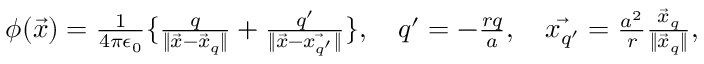
\begin{array} { r } { \phi ( \vec { x } ) = \frac { 1 } { 4 \pi \epsilon _ { 0 } } \{ \frac { q } { \| \vec { x } - \vec { x } _ { q } \| } + \frac { q ^ { \prime } } { \| \vec { x } - \vec { x _ { q ^ { \prime } } } \| } \} , \quad q ^ { \prime } = - \frac { r q } { a } , \quad \vec { x _ { q ^ { \prime } } } = \frac { a ^ { 2 } } { r } \frac { \vec { x } _ { q } } { \| \vec { x } _ { q } \| } , } \end{array}